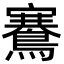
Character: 鶱